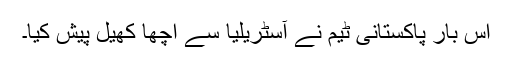
اس بار پاکستانی ٹیم نے ٓآسٹریلیا سے اچھا کھیل پیش کیا۔